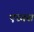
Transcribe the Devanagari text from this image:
एरगस